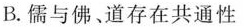
B.儒与佛、道存在共通性